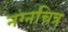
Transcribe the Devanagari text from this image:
नग्नचित्र